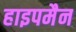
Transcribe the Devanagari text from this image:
हाइपमैन